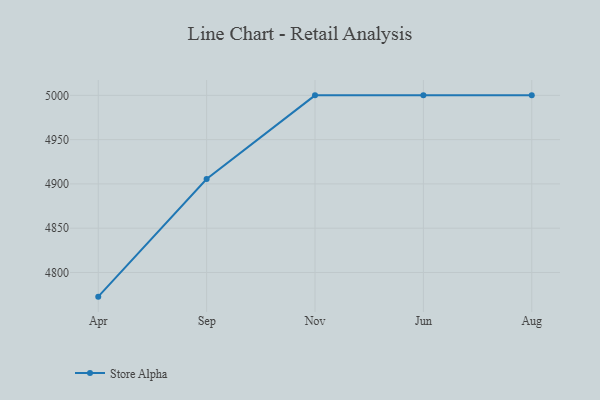
{"axis": {"x": "Month", "y": "Gross Profit (USD K)"}, "legend": ["Store Alpha"], "data": [{"x": "Apr", "y": 4772.7, "type": "Store Alpha"}, {"x": "Sep", "y": 4905.5, "type": "Store Alpha"}, {"x": "Nov", "y": 5000, "type": "Store Alpha"}, {"x": "Jun", "y": 5000, "type": "Store Alpha"}, {"x": "Aug", "y": 5000, "type": "Store Alpha"}]}